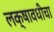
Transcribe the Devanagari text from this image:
लक्षावधीचा